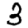
Digit: 3